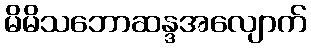
မိမိသဘောဆန္ဒအလျောက်